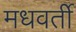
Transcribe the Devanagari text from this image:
मधवर्ती